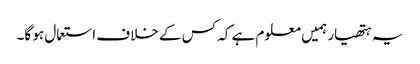
یہ ہتھیار ہمیں معلوم ہے کہ کس کے خلاف استعمال ہو گا۔